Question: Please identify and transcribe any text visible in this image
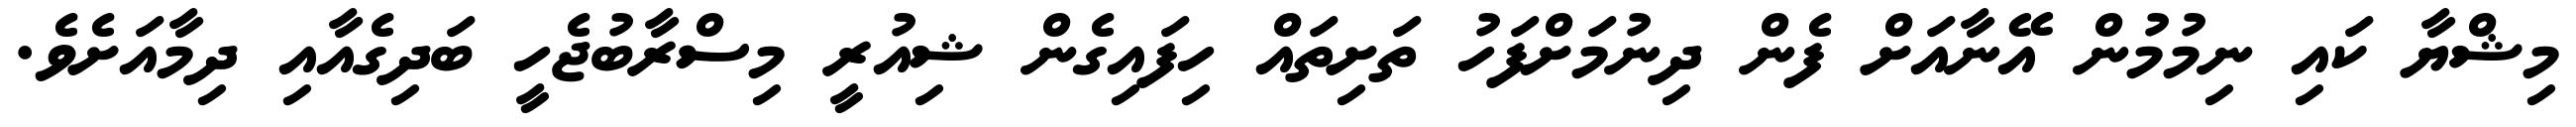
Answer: މިޝްޔާ ކައި ނިމުމުން އޭނާއަށް ފެން ދިނުމަށްފަހު ތަށިތައް ހިފައިގެން ޝިއުރީ މިސްރާބުޖެހީ ބަދިގެއާއި ދިމާއަށެވެ.